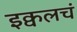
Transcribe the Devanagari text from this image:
इक्वलचं